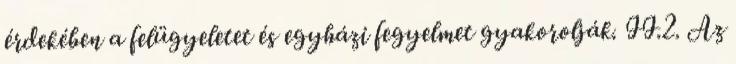
érdekében a felügyeletet és egyházi fegyelmet gyakorolják. II.2. Az